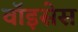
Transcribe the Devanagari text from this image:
वॉइसेस